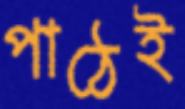
পাঠেই